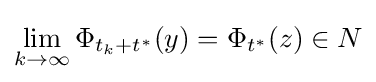
\lim _{k\to \infty }\Phi _{t_{k}+t^{\ast }}(y)=\Phi _{t^{\ast }}(z)\in N